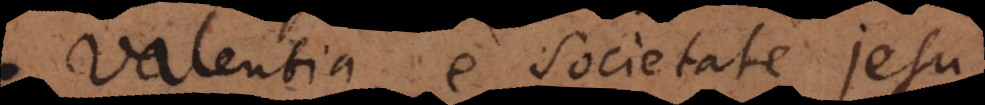
Valentia e Societate Jesu,